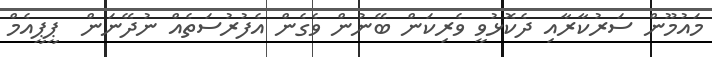
މައުމޫން ސަރުކާރާއި ދެކޮޅުވީ ވެރިކަން ބޭނުން ވެގެން އެފުރުސަތެއް ނުދޭނަން  ޕީޕީއެމް